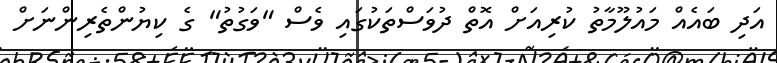
އަދި ބައެއް މައުލޫމާތު ކުރިއަށް އޮތް ދުވަސްތަކުގައި ވެސް "ވަގުތު" ގެ ކިޔުންތެރިންނަށް